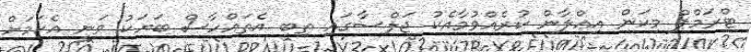
ޓްރަމްޕް މިކަން އިޢްލާން ކުރެއްވުމާއެކު ޖަލްސާގައި ތިބި އެތައްހާސް ބަޔަކު ވަނީ އެކަމަށް